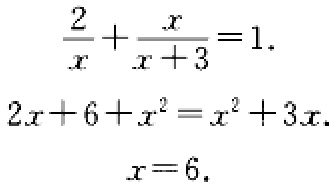
\[\begin{align*}
\frac{2}{x}+\frac{x}{x + 3}&=1\\
2x + 6+x^{2}&=x^{2}+3x\\
x&=6.
\end{align*}\]